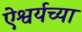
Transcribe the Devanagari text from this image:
ऐश्वर्यच्या